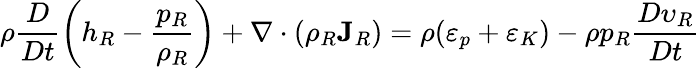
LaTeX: \rho\frac{D}{Dt}\left(h_{R}-\frac{p_{R}}{\rho_{R}}\right)+\nabla\cdot(\rho_{R}{\mathbf J}_{R})=\rho(\varepsilon_{p}+\varepsilon_{K})-\rho p_{R}\frac{D\upsilon_{R}}{Dt}